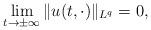
LaTeX: \begin{align*}\lim_{t\rightarrow \pm \infty} \|u(t, \cdot)\|_{L^q}=0,\end{align*}